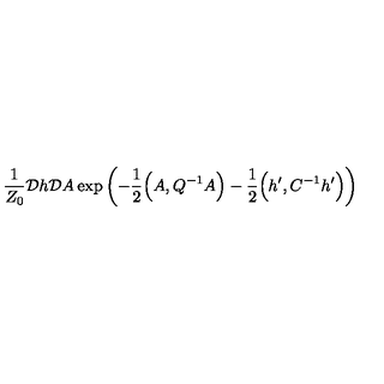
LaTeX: \frac { 1 } { Z _ { 0 } } { \cal D } h { \cal D } A \exp \left( - \frac { 1 } { 2 } \Big ( A , Q ^ { - 1 } A \Big ) - \frac { 1 } { 2 } \Big ( h ^ { \prime } , C ^ { - 1 } h ^ { \prime } \Big ) \right)